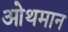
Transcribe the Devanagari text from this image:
ओथमान